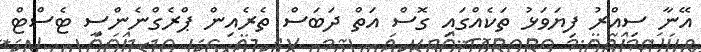
އޭނާ ސިއްރު ފިޔަވަޅު ތަކެއްގައި ގޮސް އަތް ދަބަސް ތެރެއިން ޕްރެގްނެންސީ ޓެސްޓް